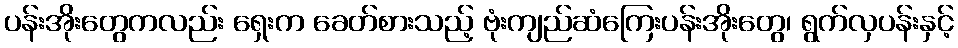
ပန်းအိုးတွေကလည်း ရှေးက ခေတ်စားသည့် ဗုံးကျည်ဆံကြေးပန်းအိုးတွေ၊ ရွက်လှပန်းနှင့်